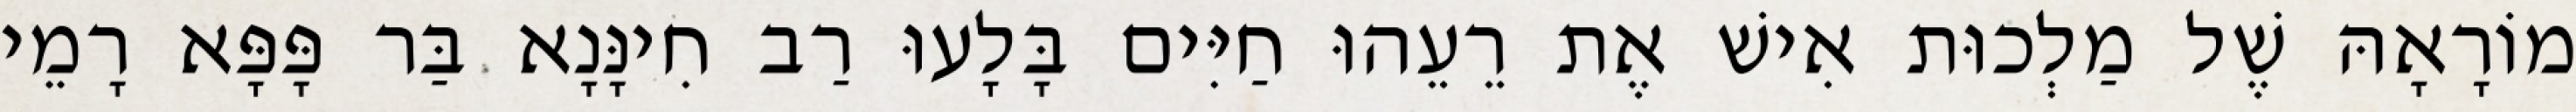
מוֹרָאָהּ שֶׁל מַלְכוּת אִישׁ אֶת רֵעֵהוּ חַיִּים בָּלָעוּ רַב חִינָּנָא בַּר פָּפָּא רָמֵי